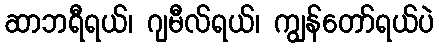
ဆာဘရီရယ်၊ ဂျမီလ်ရယ်၊ ကျွန်တော်ရယ်ပဲ